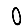
Digit: 0